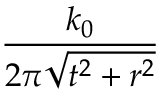
\frac { k _ { 0 } } { 2 \pi \sqrt { t ^ { 2 } + r ^ { 2 } } }